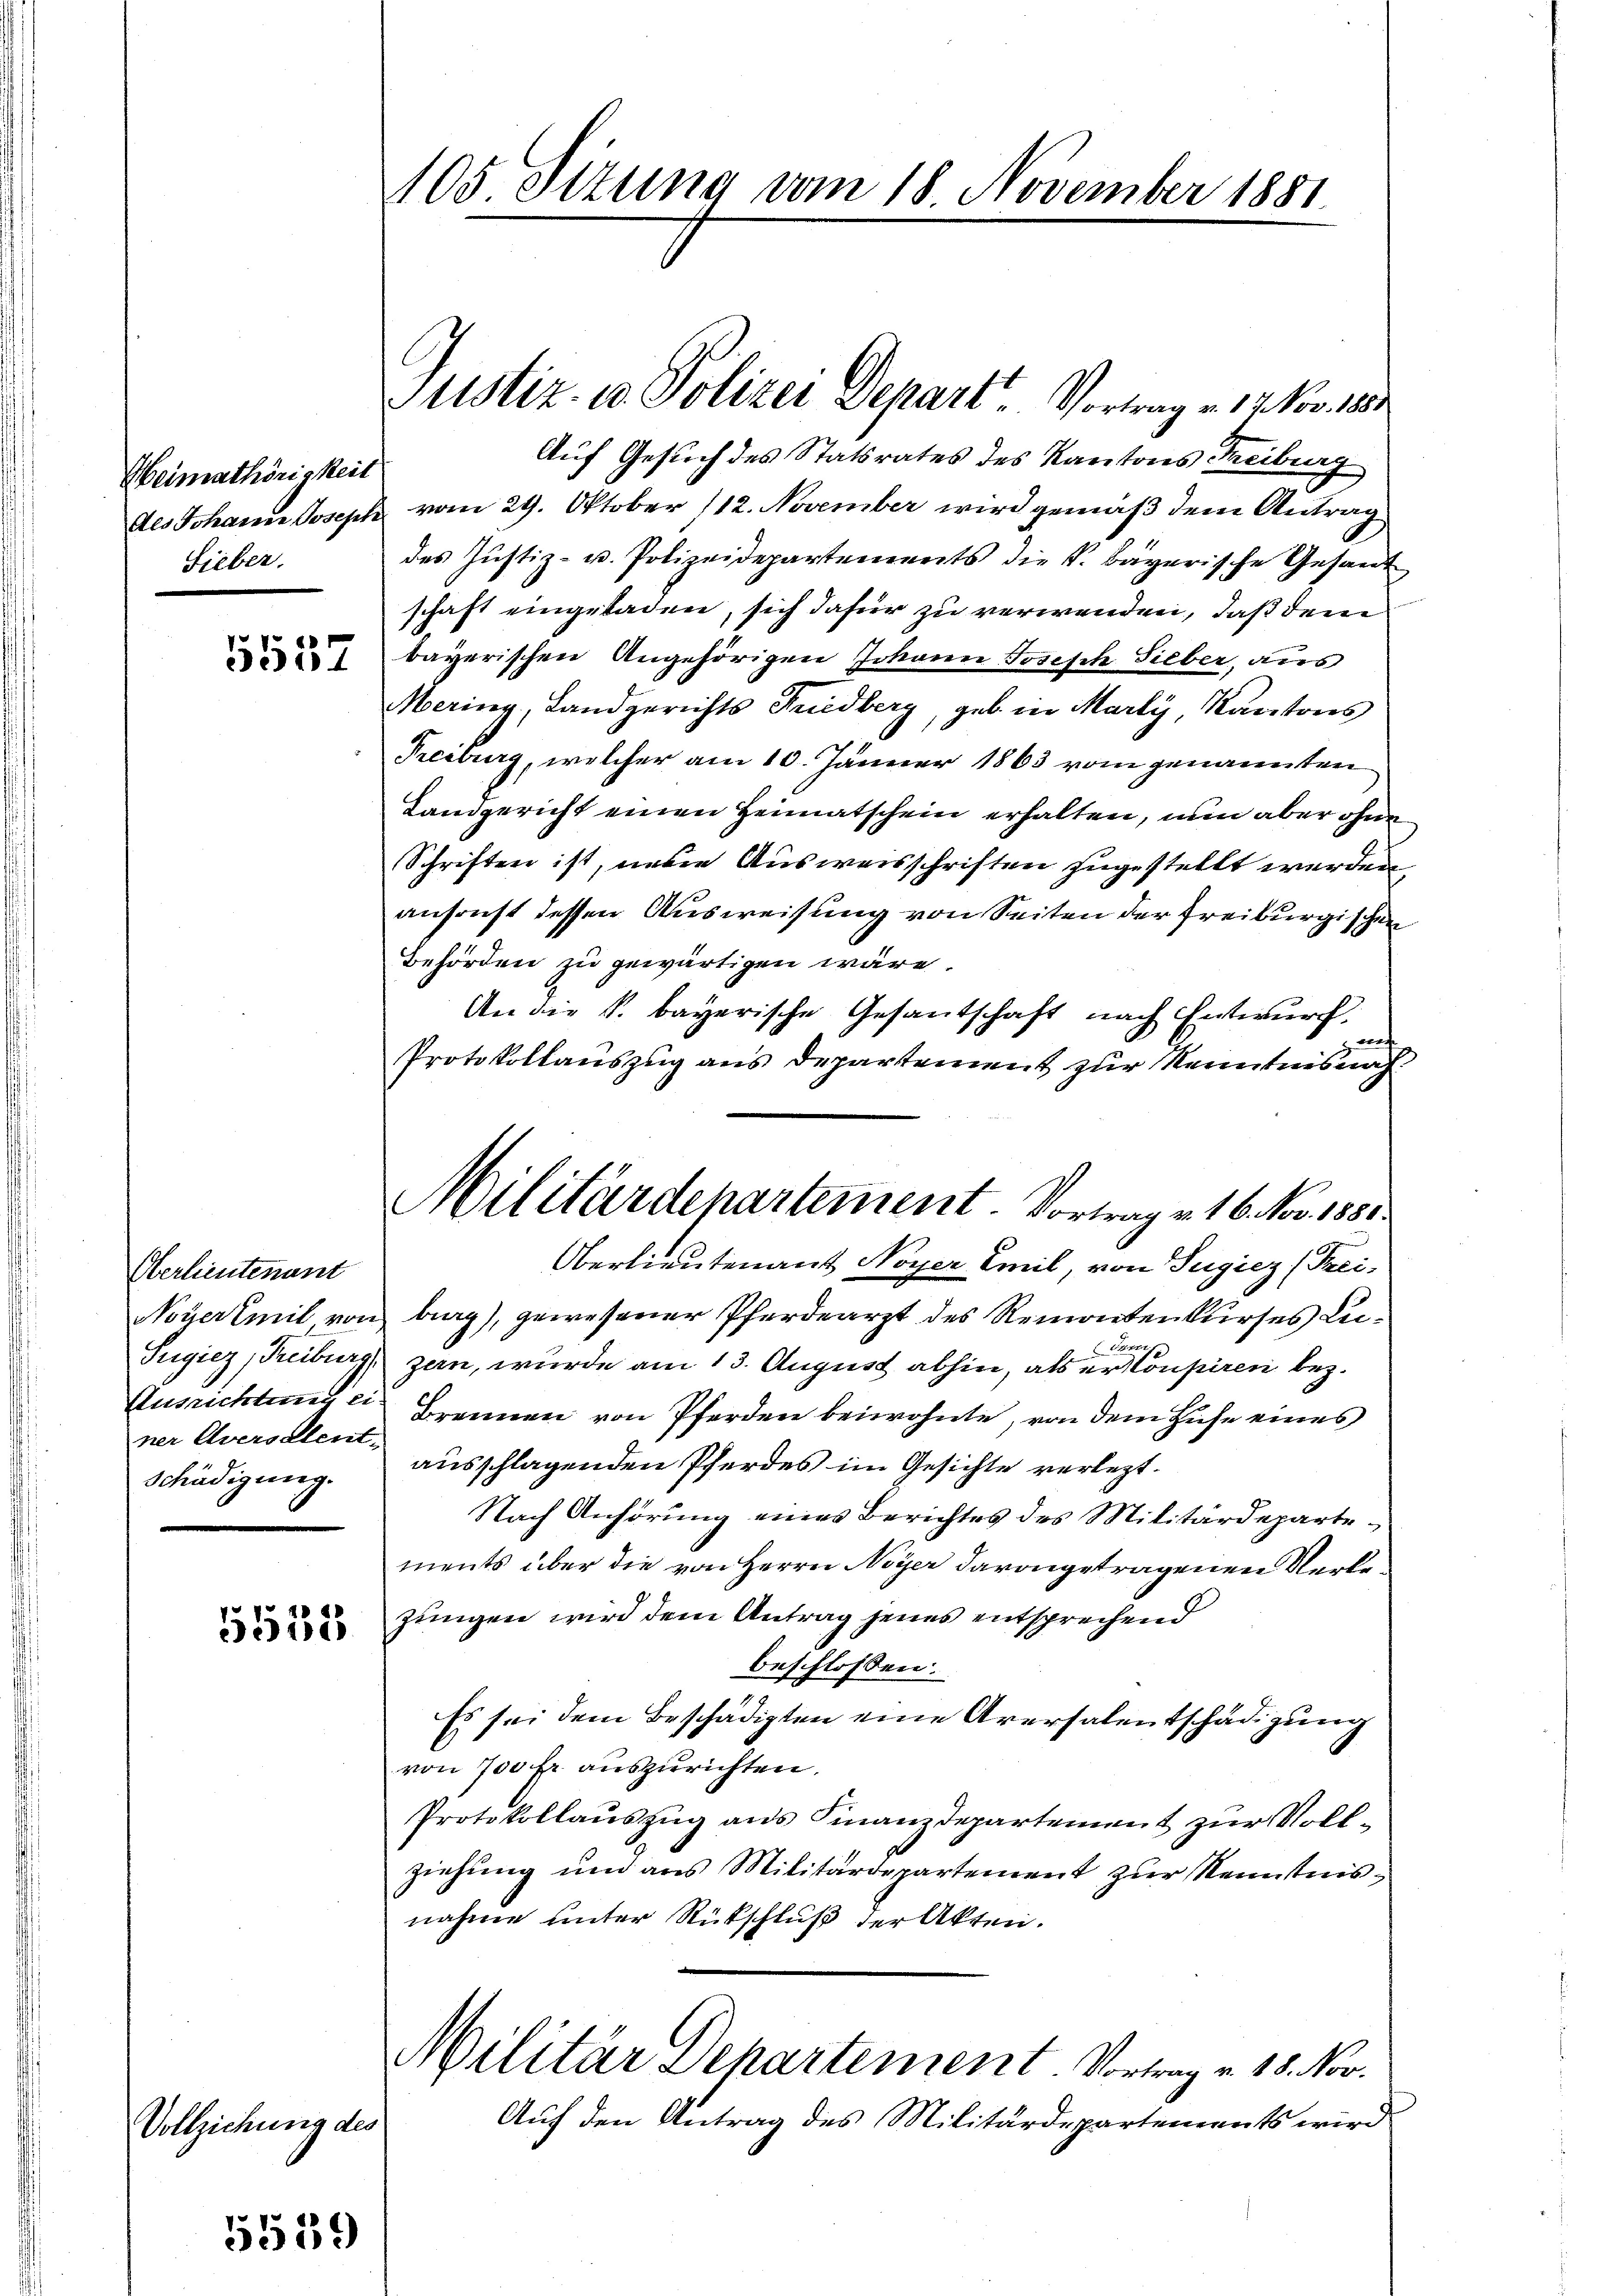
1557

Heimathörigkeit
Als Johann Joseph
Lieber.

Oberlieutenant
Noyer mit von
Sugicz (Freiburg,
Ausrichtung ei
ner Aversalent-
Schädigung.

5552

Vollziehung des

5539

105 Ottung vom 18. November 1881.

Justiz in Polizei Depart. Vortrag v. 12 No 100
Auf Gesuch des Statsrates des Kantons Treiburg
vom 29. Oktober 112. November wird gemäß dem Antrag
des Justiz- u. Polizeidepartements die k. bayerische Gesandt
schaft eingeladen, sich dafür zu verwenden, daß dem
bayerischen Angehörigen Johann Joseph Sieber, aus
Mering, Landgerichts Friedberg, geb. in Marty, Kantons
Freiburg, welcher am 10. Jänner 1863 vom genannten
Landgericht einen Heimatschein erhalten, nun aber ohne
Schriften ist, neue Ausweisschriften zugestellt werden,
ansonst dessen Ausweisung von Seiten der Freiburgischen
Behörden zu gewärtigen wäre.
An die k. bayerische Gesantschaft nach Entwurf.
a
Protokollauszug aus Departement zur Kenntnis nach
Oberlieutenant Noyer Emil, von Tugiez (Frei-
burg), gewesener Pferdearzt des Remontenkurses Lua. Inner.
zern, wurde am 13. August abhin, als er Coupiren bez.
Brennen von Pferden beiwohnte, von dem Huse eines
ausschlagenden Pferdes im Gesichte verletzt.
Nach Anhörung eines Berichtes des Militärdepartements über die von Herrn Neyer davongetragenen Kerke
zungen wird dem Antrag jenes entsprechend
beschlossen:
Es sei dem Beschädigten eine Aversalentschädigung
von 700 Fr. auszurichten.
Protokollauszug aus Finanzdepartement zur Vollziehung und aus Militärdepartement zur Kenntnisnahme unter Rückschluß der Akten.
Militär Departement. Vortrag v. 18. Nov.
Auf den Antrag des Militärdepartements wird

Militärdepartement. Vortrag v. 16. Nov. 1881.